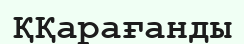
ҚҚарағанды